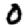
Digit: 0